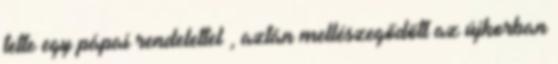
tette egy pápai rendelettel , aztán mellészegődött az újkorban